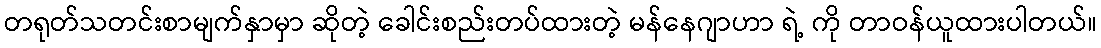
တရုတ်သတင်းစာမျက်နှာမှာ ဆိုတဲ့ ခေါင်းစည်းတပ်ထားတဲ့ မန်နေဂျာဟာ ရဲ့ ကို တာဝန်ယူထားပါတယ်။